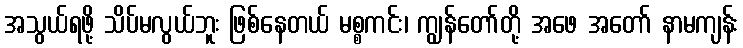
အသွယ်ရဖို့ သိပ်မလွယ်ဘူး ဖြစ်နေတယ် မစ္စကင်း၊ ကျွန်တော်တို့ အဖေ အတော် နာမကျန်း